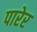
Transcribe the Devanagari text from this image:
पारेर